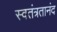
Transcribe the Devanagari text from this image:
स्वतंत्रतानंद